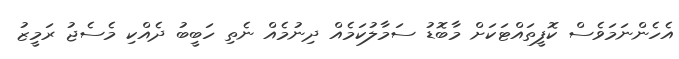
އެހެންނަމަވެސް ކޮފީތައްޓަކަށް މާބޮޑު ސަމާލުކަމެއް ދިނުމެއް ނެތި ހަބީބު ދެއްކި މެސެޖު ރަމީޒު